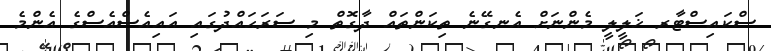
ސްކައިސްޓާރ ޚަލީލީ މެންނަށް އެނގޭނެ ތިކަންތައް ދާގޮތް މި ސަރަޙައްދުގައި އައިއެސްއެސްގެ އެންމެ